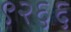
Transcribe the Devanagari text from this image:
९२६६